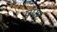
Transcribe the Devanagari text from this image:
पपर